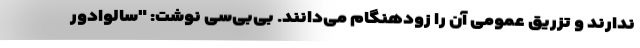
ندارند و تزریق عمومی آن را زودهنگام می‌دانند. بی‌بی‌سی نوشت: "سالوادور